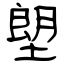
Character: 塱